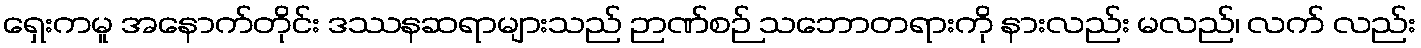
ရှေးကမူ အနောက်တိုင်း ဒဿနဆရာများသည် ဉာဏ်စဉ် သဘောတရားကို နားလည်း မလည်၊ လက် လည်း